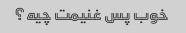
خوب پس غنیمت چیه؟